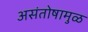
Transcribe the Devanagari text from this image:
असंतोषामुळ